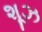
શૂઝ